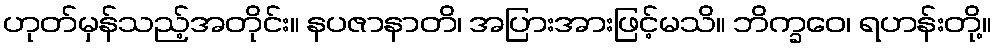
ဟုတ်မှန်သည့်အတိုင်း။ နပဇာနာတိ၊ အပြားအားဖြင့်မသိ။ ဘိက္ခဝေ၊ ရဟန်းတို့။